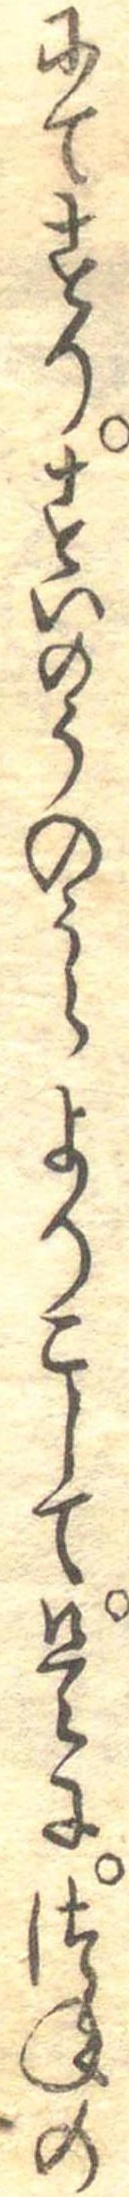
にてすりすいのうのうらよりこして是につねの